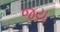
જય